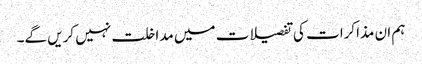
ہم ان مذاکرات کی تفصیلات میں مداخلت نہیں کریں گے۔